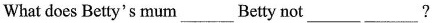
What does Betty's mum___Betty not___ ___?